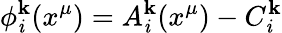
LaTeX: \phi_{\mathit{i}}^{\mathbf{k}}(x^{\mu})=A_{\mathit{i}}^{\mathbf{k}}(x^{\mu})-C_{\mathit{i}}^{\mathbf{k}}